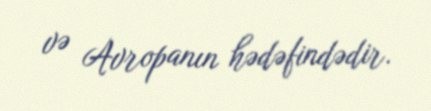
və Avropanın hədəfindədir.